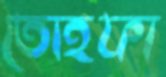
তোহফা